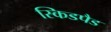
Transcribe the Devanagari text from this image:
स्किडपैड